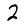
Digit: 2